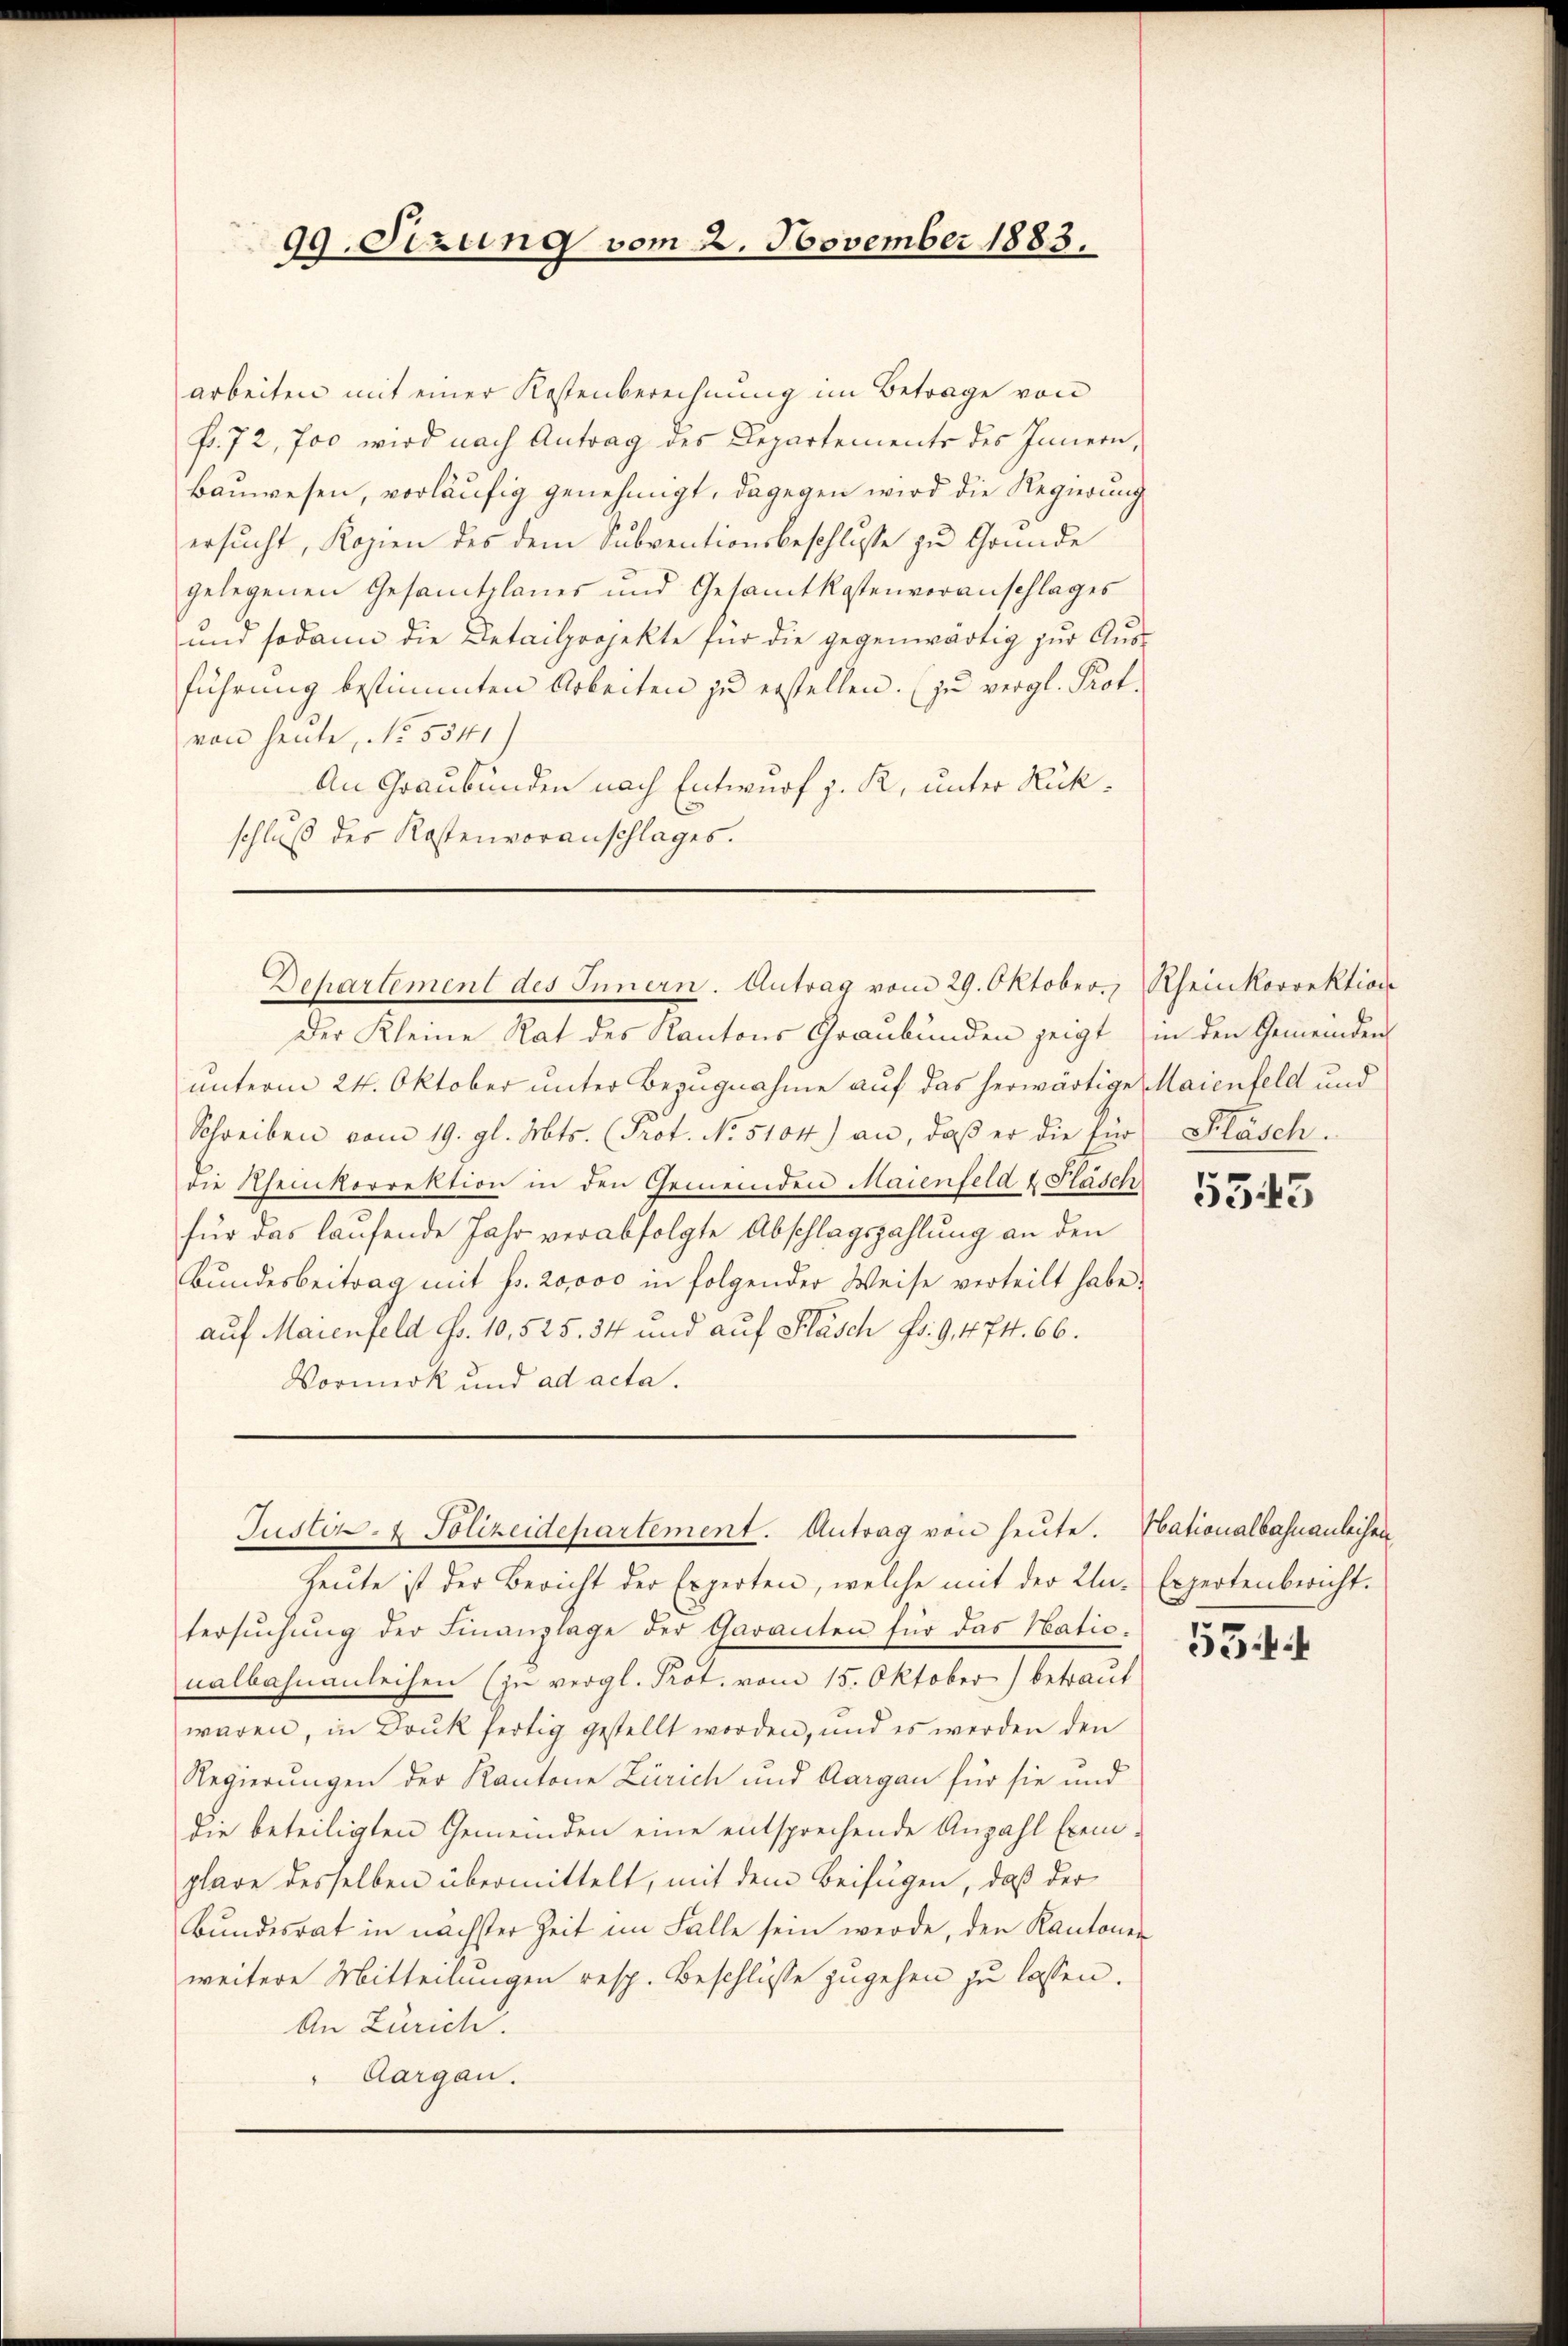
99. Sezung vom 2. November 1883.

arbeiten mit einer Kostenberechnung im Betrage von
fr. 72, 700 wird nach Antrag des Departements des Innern,
bauwesen, vorläufig genehmigt, dagegen wird die Regierung
ersucht, Kopien des dem Subventionsbeschlusse zu Grunde
gelegenen Gesamtplanes und Gesamtkostenvoranschlages
und sodann die Detailprojekte für die gegenwärtig zur Ausführung bestimmten Arbeiten zu erstellen. (zu vergl. Prot.
von heute, No. 5541)
An Graubünden nach Entwurf z. R. unter Rückschluß des Kostenvoranschlages.

Der Kleine Rat des Kantons Graubünden zeigt in den Gemeinden
unterm 24. Oktober unter Bezugnahme auf das herwärtige Maienfeld und
Schreiben vom 19. gl. Mts. (Prot. No. 5104) an, daß er die für Fläsch.
die Rheinkorrektion in den Gemeinden Maienfeld & Fläsch
für das laufende Jahr verabfolgte Abschlagszahlung an den
Bundesbeitrag mit fr. 20,000 in folgender Weise verteilt habe.
auf Maienfeld Fr. 10,525. 34 und auf Fläsch Fr. 9, 474. 66.
Vormerk und ad acta.

Dehartement des Innern. Antrag vom 29. Oktober.

Justiz- & Polizeidepartement. Antrag von heute. Nationalbahnanleihen

Rheinkorrektion

Heute ist der Bericht der Experten, welche mit der Un- Expertenbericht.
tersŭchŭng der Finanzlage der Garanten für das Natio
nalbahnanleihen (zu vergl. Prot. vom 15. Oktober) betraut
waren, in Druk fertig gestellt worden, und es werden den
Regierungen der Kantone Zürich und Aargau für sie und
die beteiligten Gemeinden eine entsprechende Anzahl Exemplare desselben übermittelt, mit dem Beifügen, daß der
Bundesrat in nächster Zeit im Falle sein werde, den Kantonen
weitere Mitteilungen resp. Beschlüsse zugehen zu lassen.
An Zürich.
Aargau.

5545